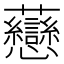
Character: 𧆎